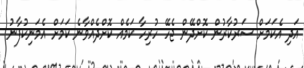
އަދި އެކަމަށް ސަރުކާރުން ކޮށްދޭން ޖެހޭ ހުރިހާ ކަމެއް ކޮށްދެއްވާނެ ކަމަށް އެމަނިކުފާނު